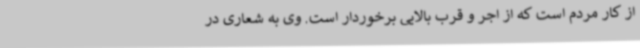
از کار مردم است که از اجر و قرب بالایی برخوردار است. وی به شعاری در